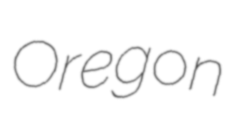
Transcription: Oregon